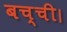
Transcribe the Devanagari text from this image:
बच्ची।